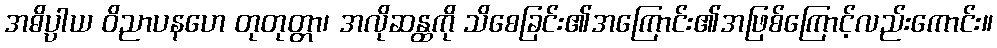
အဓိပ္ပါယ ဝိညာပနဟေ တုတုတ္တာ၊ အလိုဆန္ထကို သိစေခြင်း၏အကြောင်း၏အဖြစ်ကြောင့်လည်းကောင်း။